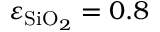
\varepsilon _ { \mathrm { S i O } _ { 2 } } = 0 . 8